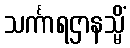
သင်္ကာရဌာနသ္မိံ